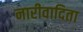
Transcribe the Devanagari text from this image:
नारीवादिता